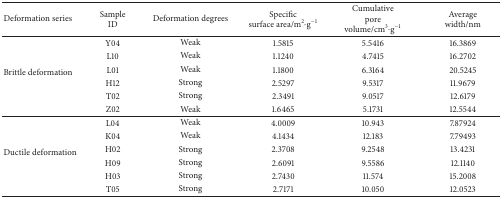
<table><thead><tr><td><b>Deformation series</b></td><td><b>Sample ID</b></td><td><b>Deformation degrees</b></td><td><b>Specific surface area/m<sup>2</sup><i>·</i>g<sup>−1</sup></b></td><td><b>Cumulative pore volume/cm<sup>3</sup><i>·</i>g<sup>−1</sup></b></td><td><b>Averagewidth/nm</b></td></tr></thead><tbody><tr><td rowspan="6">Brittle deformation</td><td>Y04</td><td>Weak</td><td>1.5815</td><td>5.5416</td><td>16.3869</td></tr><tr><td>L10</td><td>Weak</td><td>1.1240</td><td>4.7415</td><td>16.2702</td></tr><tr><td>L01</td><td>Weak</td><td>1.1800</td><td>6.3164</td><td>20.5245</td></tr><tr><td>H12</td><td>Strong</td><td>2.5297</td><td>9.5317</td><td>11.9679</td></tr><tr><td>T02</td><td>Strong</td><td>2.3491</td><td>9.0517</td><td>12.6179</td></tr><tr><td>Z02</td><td>Weak</td><td>1.6465</td><td>5.1731</td><td>12.5544</td></tr><tr><td rowspan="6">Ductile deformation</td><td>L04</td><td>Weak</td><td>4.0009</td><td>10.943</td><td>7.87924</td></tr><tr><td>K04</td><td>Weak</td><td>4.1434</td><td>12.183</td><td>7.79493</td></tr><tr><td>H02</td><td>Strong</td><td>2.3708</td><td>9.2548</td><td>13.4231</td></tr><tr><td>H09</td><td>Strong</td><td>2.6091</td><td>9.5586</td><td>12.1140</td></tr><tr><td>H03</td><td>Strong</td><td>2.7430</td><td>11.574</td><td>15.2008</td></tr><tr><td>T05</td><td>Strong</td><td>2.7171</td><td>10.050</td><td>12.0523</td></tr></tbody></table>